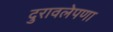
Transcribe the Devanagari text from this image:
दुरावलेपणा